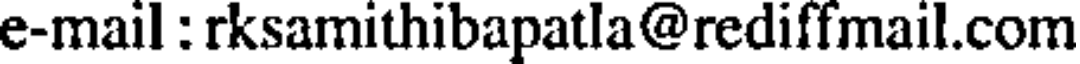
e-mail : rksamithibapatla@rediffmail.com